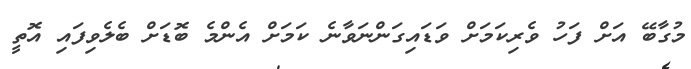
މުގާބޭ އަށް ފަހު ވެރިކަމަށް ވަޑައިގަންނަވާނެ ކަމަށް އެންމެ ބޮޑަށް ބެލެވިފައި އޮތީ